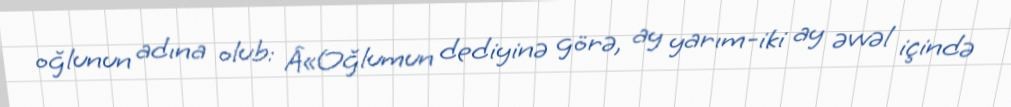
oğlunun adına olub: Â«Oğlumun dediyinə görə, ay yarım-iki ay əvvəl içində